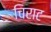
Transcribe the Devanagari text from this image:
चिराट